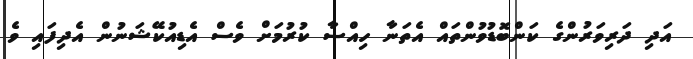
އަދި ދަރިވަރުންގެ ކަންބޮޑުވުންތައް އެތަނާ ހިއްސާ ކުރުމަށް ވެސް އެޑިއުކޭޝަނުން އެދިފައި ވެ